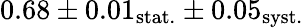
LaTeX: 0.68\pm 0.01_{\mathrm{stat.}}\pm 0.05_{\mathrm{syst.}}